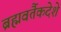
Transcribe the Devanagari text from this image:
ब्रह्मवर्तैकदेशे